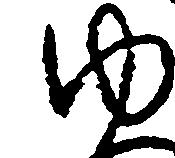
ゆ